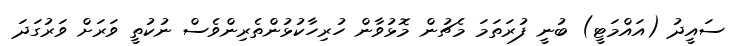
ސައީދު (އައްމަޓީ) ބުނީ ފުރަތަމަ މެޗުން މޮޅުވާން ހުރިހާކުޅުންތެރިންވެސް ނުކުތީ ވަރަށް ވަރުގަދަ